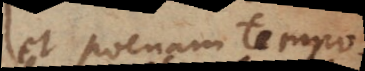
et poenam temporalem